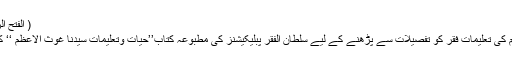
( الفتح الربانی ،مجلس50)
سیّدنا غوث الاعظمؓ کی تعلیماتِ فقر کو تفصیلات سے پڑھنے کے لیے سلطان الفقر پبلیکیشنز کی مطبوعہ کتاب’’حیات وتعلیمات سیّدنا غوث الاعظمؓ ‘‘ کا مطالعہ فرمائیں۔